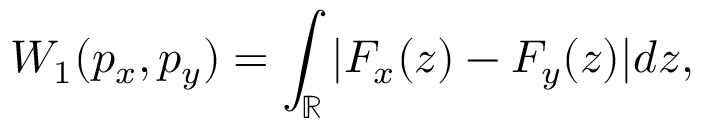
W _ { 1 } ( p _ { x } , p _ { y } ) = \int _ { \mathbb { R } } | F _ { x } ( z ) - F _ { y } ( z ) | d z ,